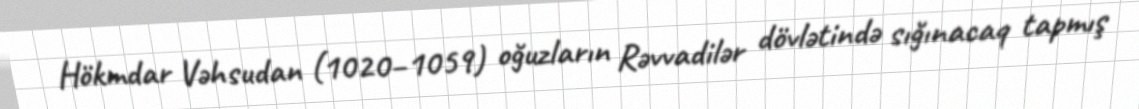
Hökmdar Vəhsudan (1020–1059) oğuzların Rəvvadilər dövlətində sığınacaq tapmış